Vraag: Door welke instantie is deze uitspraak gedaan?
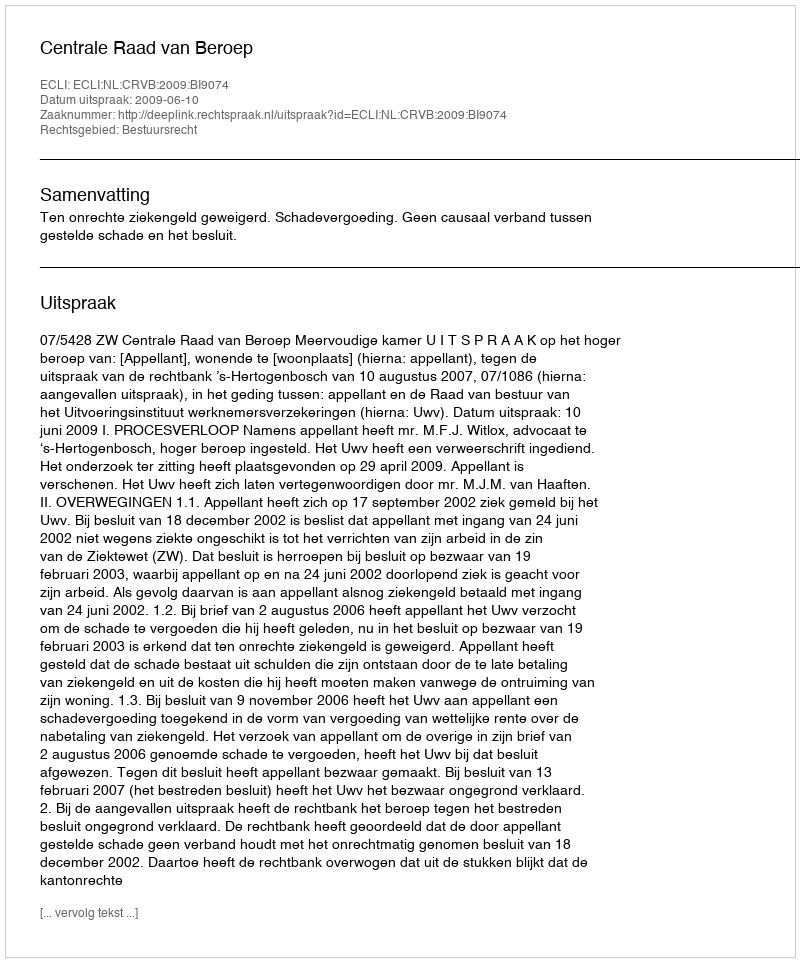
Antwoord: Centrale Raad van Beroep